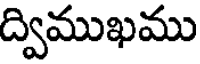
ద్విముఖము